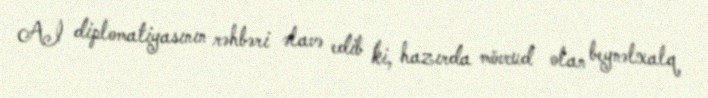
Aİ diplomatiyasının rəhbəri əlavə edib ki, hazırda mövcud olan beynəlxalq